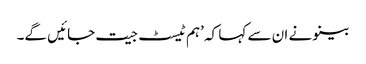
بینو نے ان سے کہا کہ ’ہم ٹیسٹ جیت جائیں گے۔